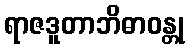
ရာဇဒူတာဘိဓာဝန္တု